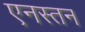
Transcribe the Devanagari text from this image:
एनस्तन